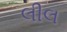
લીલ